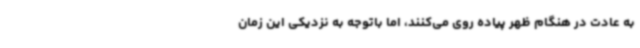
به عادت در هنگام ظهر پیاده روی می‌کنند، اما باتوجه به نزدیکی این زمان